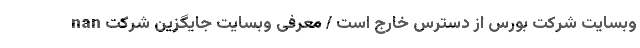
nan وبسایت شرکت بورس از دسترس خارج است / معرفی وبسایت جایگزین شرکت